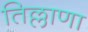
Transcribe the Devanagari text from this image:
तिल्लाणा